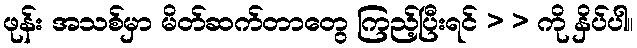
ဖုန်း အသစ်မှာ မိတ်ဆက်တာတွေ ကြည့်ပြီးရင် > > ကို နှိပ်ပါ။